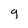
Character: g